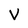
Character: V